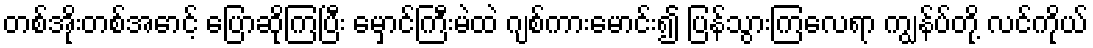
တစ်အိုးတစ်အောင့် ပြောဆိုကြပြီး မှောင်ကြီးမဲထဲ ဂျစ်ကားမောင်း၍ ပြန်သွားကြလေရာ ကျွန်ပ်တို့ လင်ကိုယ်